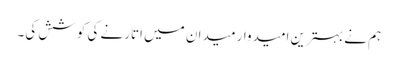
ہم نے بہترین امیدوار میدان میں اتارنے کی کوشش کی۔